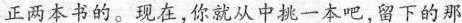
正两本书的。现在，你就从中挑一本吧，留下的那